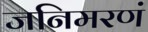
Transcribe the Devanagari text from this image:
जनिमरणं